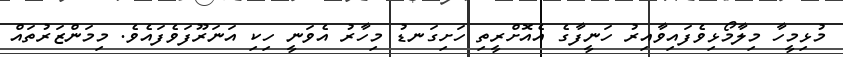
މުޅިމީހާ މިލާމޯޅިވެފައިވާއިރު ހަނީފާގެ އެއޮށްރީތި ހަށިގަނޑު މިހާރު އެވަނީ ހިކި އަނަރޫފަވެފައެވެ. މިމަންޒަރުތައް